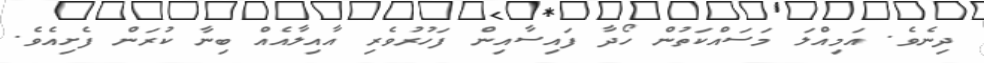
ދިނެވެ. އަމިއްލަ މަސައްކަތުން ހޯދާ ފައިސާއިން ފަހުރުވެރި އާއިލާއެއް ބިނާ ކުރަން ފެށިއެވެ.